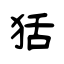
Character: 狧